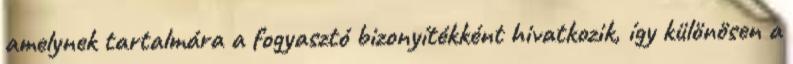
amelynek tartalmára a fogyasztó bizonyítékként hivatkozik, így különösen a